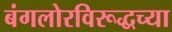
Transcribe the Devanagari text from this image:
बंगलोरविरूद्धच्या